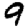
Digit: 9